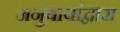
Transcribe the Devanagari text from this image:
अनुयायांद्वारा